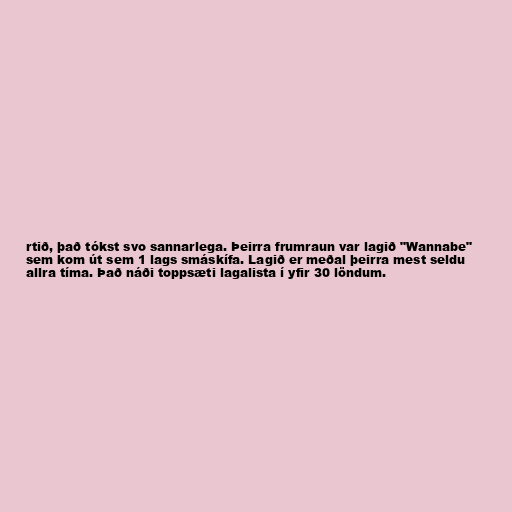
rtið, það tókst svo sannarlega. Þeirra frumraun var lagið "Wannabe"
sem kom út sem 1 lags smáskífa. Lagið er meðal þeirra mest seldu
allra tíma. Það náði toppsæti lagalista í yfir 30 löndum.